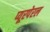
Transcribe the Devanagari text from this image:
प्यूरपेरल